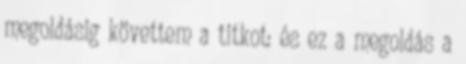
megoldásig követtem a titkot: és ez a megoldás a